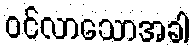
ဝင်လာသောအခါ